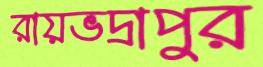
রায়ভদ্রাপুর